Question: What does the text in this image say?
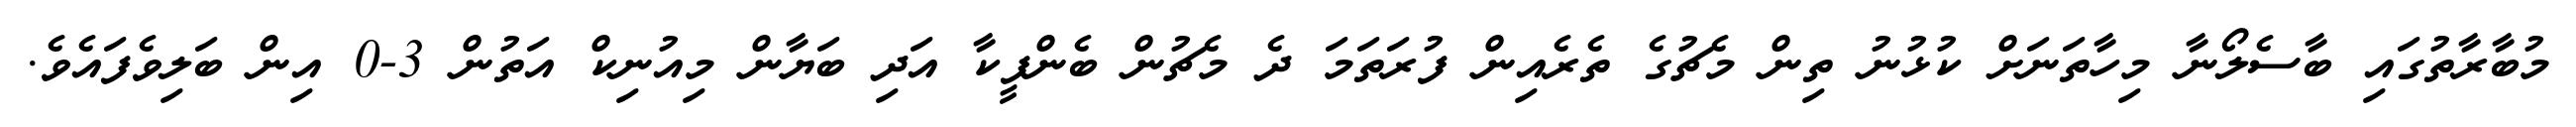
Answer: މުބާރާތުގައި ބާސެލޯނާ މިހާތަނަށް ކުޅުނު ތިން މެޗުގެ ތެރެއިން ފުރަތަމަ ދެ މެޗުން ބެންފީކާ އަދި ބަޔާން މިއުނިކް އަތުން 3-0 އިން ބަލިވެފައެވެ.